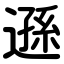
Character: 遜